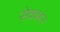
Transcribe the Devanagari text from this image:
सेवकांन